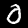
Label: 0